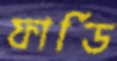
ফার্ডি